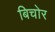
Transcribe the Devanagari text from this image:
बिचोर